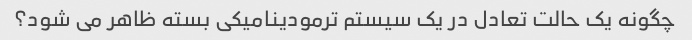
چگونه یک حالت تعادل در یک سیستم ترمودینامیکی بسته ظاهر می شود؟